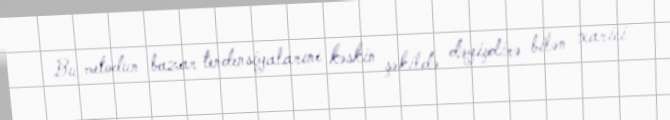
Bu metodun bazar tendensiyalarını kəskin şəkildə dəyişdirə bilən xarici